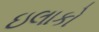
ઇલાકો